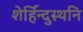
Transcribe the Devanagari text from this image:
शेर्हिन्दुस्थनि